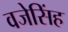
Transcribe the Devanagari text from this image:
वजेसिंह